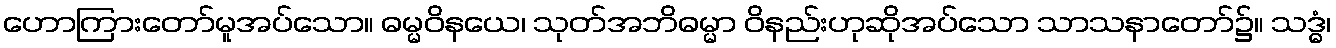
ဟောကြားတော်မူအပ်သော။ ဓမ္မဝိနယေ၊ သုတ်အဘိဓမ္မာ ဝိနည်းဟုဆိုအပ်သော သာသနာတော်၌။ သဒ္ဓံ၊